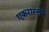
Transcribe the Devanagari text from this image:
एकरारनामे